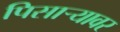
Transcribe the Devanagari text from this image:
पिसाऱ्यावर